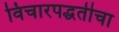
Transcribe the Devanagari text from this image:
विचारपद्धतीचा